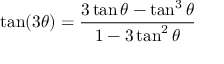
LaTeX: \tan ( 3 \theta ) = { \frac { 3 \tan \theta - \tan ^ { 3 } \theta } { 1 - 3 \tan ^ { 2 } \theta } }